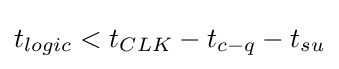
t_{logic}<t_{CLK}-t_{c{-}q}-t_{su}